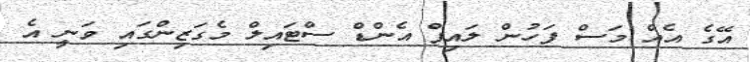
އޭގެ އެއް މަސް ފަހުން ލައިފް އެންޑް ސްޓައިލް މެގަޒިންގައި ވަނީ އެ